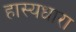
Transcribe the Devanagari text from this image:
हास्यधारा